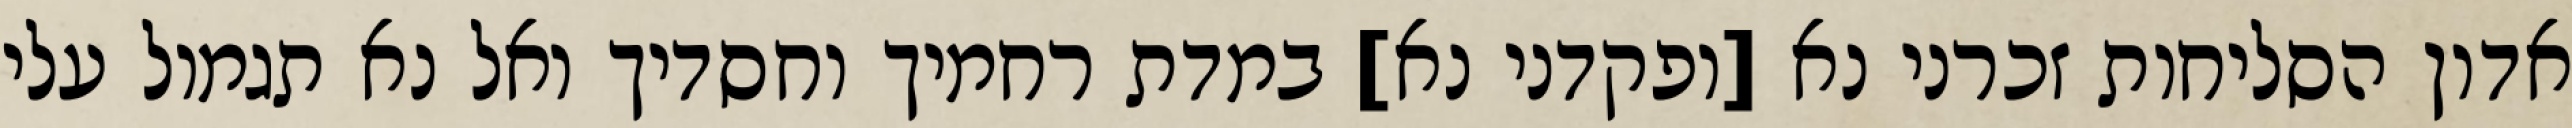
אדון הסליחות זכרני נא [ופקדני נא] במדת רחמיך וחסדיך ואל נא תגמול עלי